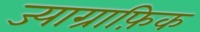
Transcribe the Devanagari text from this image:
ज्याग्राफ़िक